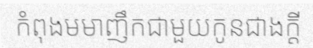
កំពុងមមាញឹកជាមួយកូនជាងក្តី